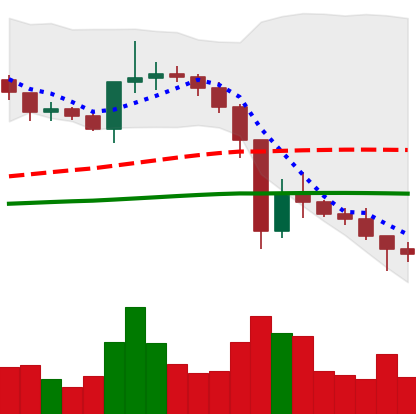
Ticker: XRP-USD
Chart end date: 2020-12-30
Forward return: 11.731%
Label: up_7plus